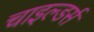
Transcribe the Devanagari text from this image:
चाइल्डर्स